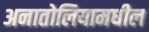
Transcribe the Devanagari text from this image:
अनातोलियामधील